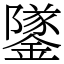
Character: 鐆